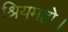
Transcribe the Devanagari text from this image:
श्रियमहो।